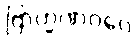
ဗြာဟ္မဏဝဂ္ဂေ